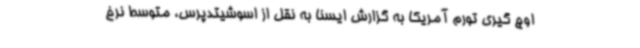
اوج گیری تورم آمریکا به گزارش ایسنا به نقل از اسوشیتدپرس، متوسط نرخ